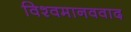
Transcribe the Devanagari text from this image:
विश्वमानववाद